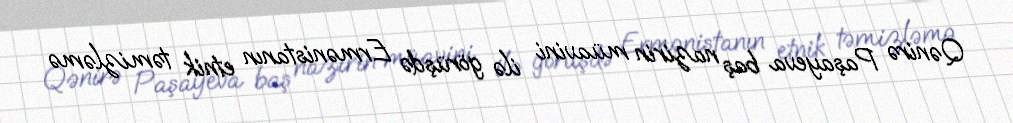
Qənirə Paşayeva baş nazirin müavini ilə görüşdə Ermənistanın etnik təmizləmə